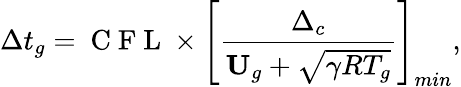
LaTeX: \Delta t_{g}=\mathrm{~C~F~L~}\times\left[\frac{\Delta_{c}}{\textbf{U}_{g}+\sqrt{\gamma RT_{g}}}\right]_{min},